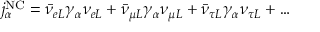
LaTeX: j _ { \alpha } ^ { \mathrm { N C } } = \bar { \nu } _ { e L } \gamma _ { \alpha } \nu _ { e L } + \bar { \nu } _ { \mu L } \gamma _ { \alpha } \nu _ { \mu L } + \bar { \nu } _ { \tau L } \gamma _ { \alpha } \nu _ { \tau L } + \ldots